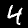
Label: 4